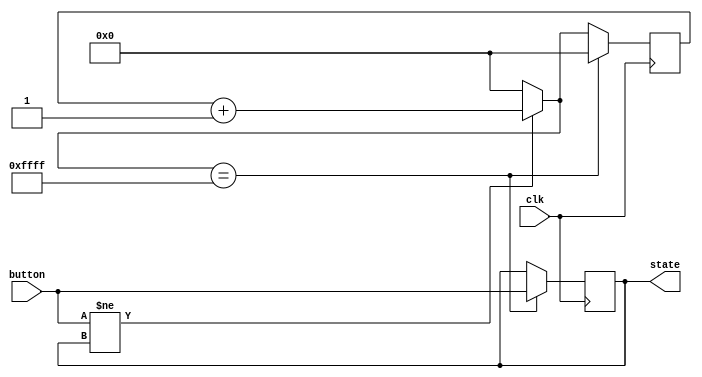
module debouncer(input clk, input button, output reg state);

reg [15:0] count;


initial state=0;
initial count=0;

always @(posedge clk)
begin
	if(button != state)
		count = count+1;
	else
		count = 0;

	if(count == 65535)
	begin
		state=button;
		count = 0;
	end
end
endmodule